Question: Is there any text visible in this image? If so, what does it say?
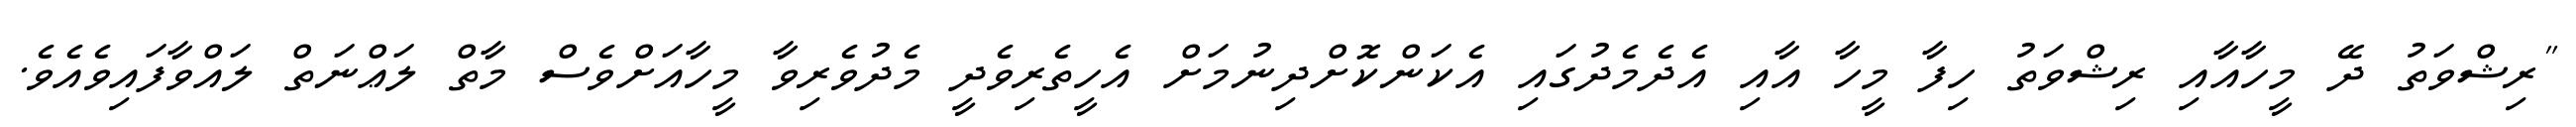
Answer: "ރިޝްވަތު ދޭ މީހާއާއި ރިޝްވަތު ހިފާ މީހާ އާއި އެދެމެދުގައި އެކަންކޮށްދިނުމަށް އެހީތެރިވެދީ މެދުވެރިވާ މީހާއަށްވެސް މާތް ލަޢްނަތް ލައްވާފައިވެއެވެ.